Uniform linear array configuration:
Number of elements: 8
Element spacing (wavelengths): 0.75
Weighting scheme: hann
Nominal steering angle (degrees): -15
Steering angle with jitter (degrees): -14.616
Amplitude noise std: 0.05
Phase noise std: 0.05

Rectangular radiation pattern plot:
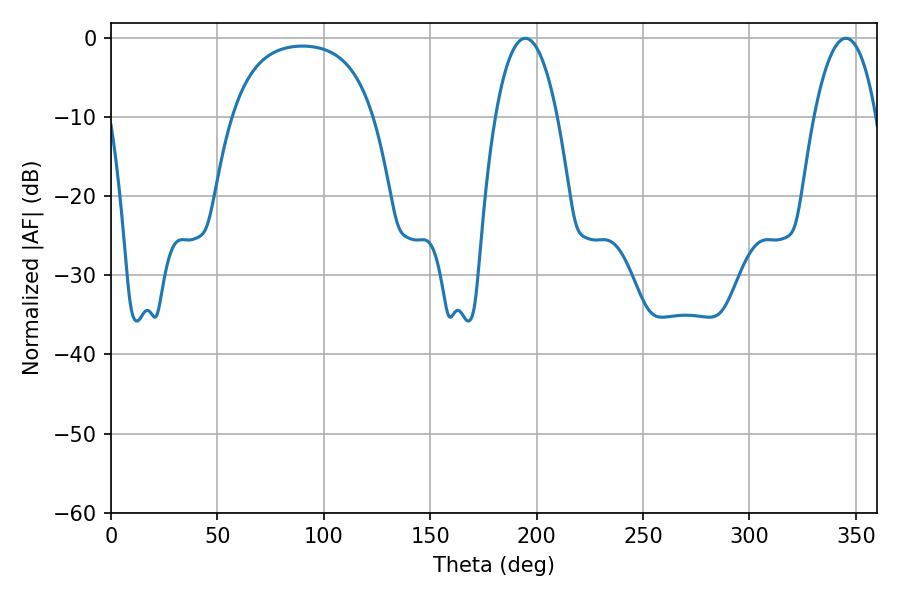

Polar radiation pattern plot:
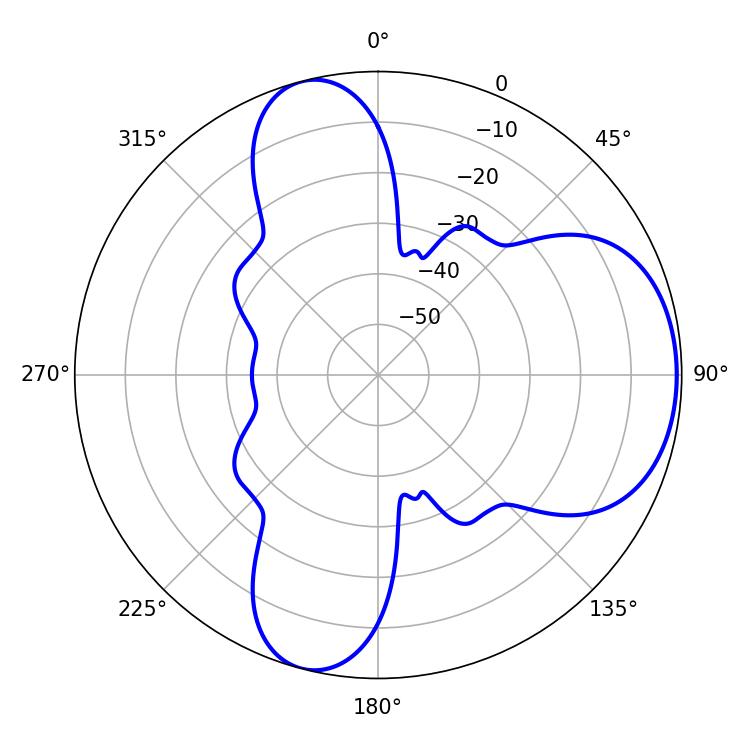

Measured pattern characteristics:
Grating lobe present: TRUE
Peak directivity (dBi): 6.479
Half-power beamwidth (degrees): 16.38
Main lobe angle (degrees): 194.76